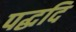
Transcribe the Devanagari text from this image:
पद्धदि